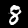
Label: 8